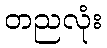
တညလုံး